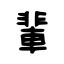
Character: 輩